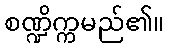
စဏ္ဍိက္ကမည်၏။